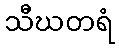
သီဃတရံ